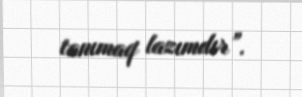
tanımaq lazımdır”.